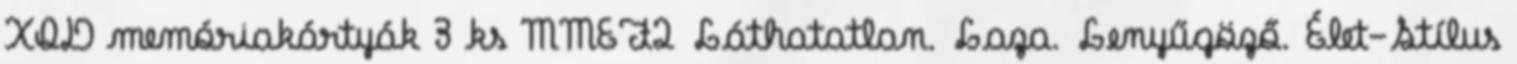
XQD memóriakártyák 3 ks MMEF2 Láthatatlan. Laza. Lenyűgöző. Élet-Stílus